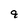
Character: 9